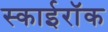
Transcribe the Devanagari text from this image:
स्काईरॉक